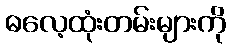
ဓလေ့ထုံးတမ်းများကို